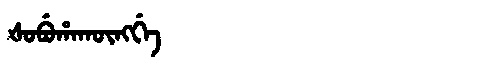
Manchu: ᡧᠣᠪᡠᡥᠠᡴᡡᠩᡤᡝ
Romanization: ŠOBUHAKŪNGGE